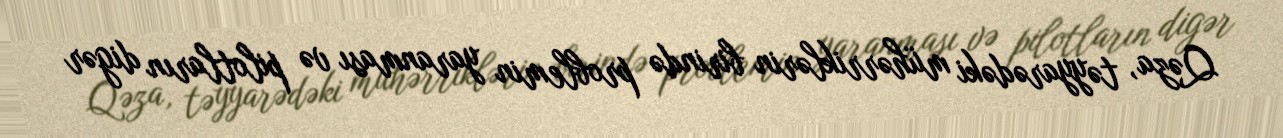
Qəza, təyyarədəki mühərriklərin birində problemin yaranması və pilotların digər